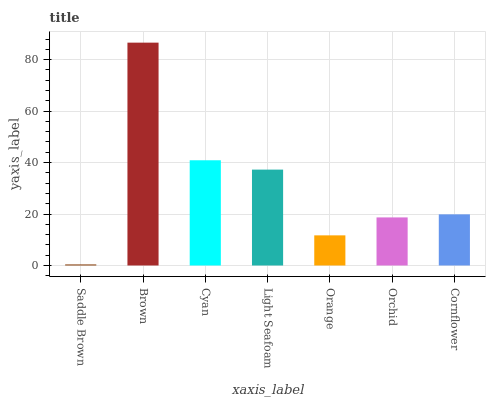
| xaxis_label | bars |
 | --- | --- |
 | Saddle Brown | 0.419 |
 | Brown | 86.6 |
 | Cyan | 40.9 |
 | Light Seafoam | 37.3 |
 | Orange | 11.7 |
 | Orchid | 18.7 |
 | Cornflower | 19.9 |